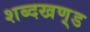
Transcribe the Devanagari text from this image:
शब्दखण़्ड